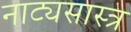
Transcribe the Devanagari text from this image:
नाट्यसास्त्र